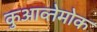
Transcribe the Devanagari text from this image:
कुआव्तेमोक